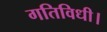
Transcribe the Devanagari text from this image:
गतिविधी।